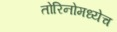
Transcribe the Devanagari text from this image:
तोरिनोमध्येच